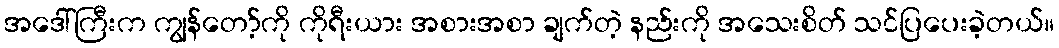
အဒေါ်ကြီးက ကျွန်တော့်ကို ကိုရီးယား အစားအစာ ချက်တဲ့ နည်းကို အသေးစိတ် သင်ပြပေးခဲ့တယ်။